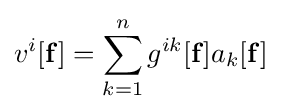
v^{i}[\mathbf {f} ]=\sum _{k=1}^{n}g^{ik}[\mathbf {f} ]a_{k}[\mathbf {f} ]